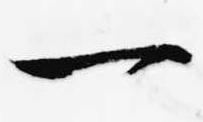
一